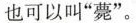
也可以叫”薨”。